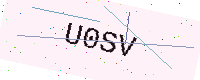
Text: U0SV